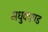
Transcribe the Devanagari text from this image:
मधुकाण्ड